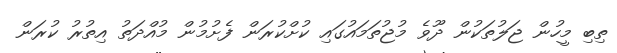
ތިބި މީހުން ޖަލުތަކުން ދޫވެ މުޖުތަމައުގައި ކުށްކުރަން ފެށުމުން މުއްދަތު އިތުރު ކުރަން